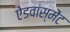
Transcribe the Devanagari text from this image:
ऐडवांस्मेंट